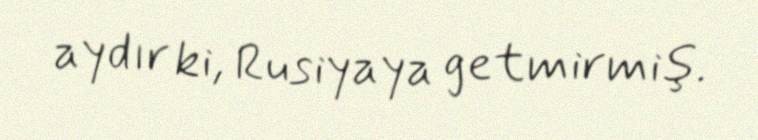
aydır ki, Rusiyaya getmirmiş.